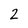
Character: 2